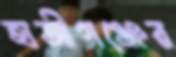
হাজীগঞ্জের